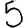
Digit: 5